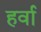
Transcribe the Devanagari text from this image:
हर्वा